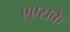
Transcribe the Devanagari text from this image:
एएसके